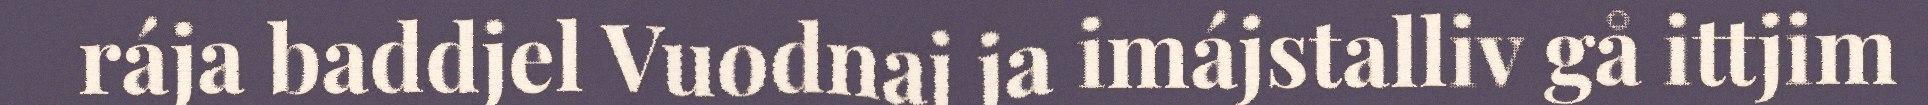
rája baddjel Vuodnaj ja imájstalliv gå ittjim